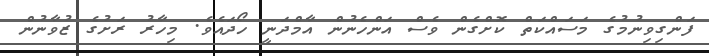
ފަންގިވިނުމުގެ މަސައްކަތް ކޮށްގެން ވެސް އަންހެނުން އާމްދަނީ ހޯދައެވެ. މިހާރު ރަށުގެ ޒުވާނުން